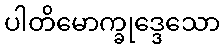
ပါတိမောက္ခုဒ္ဒေသော